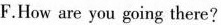
F.How are you going there?